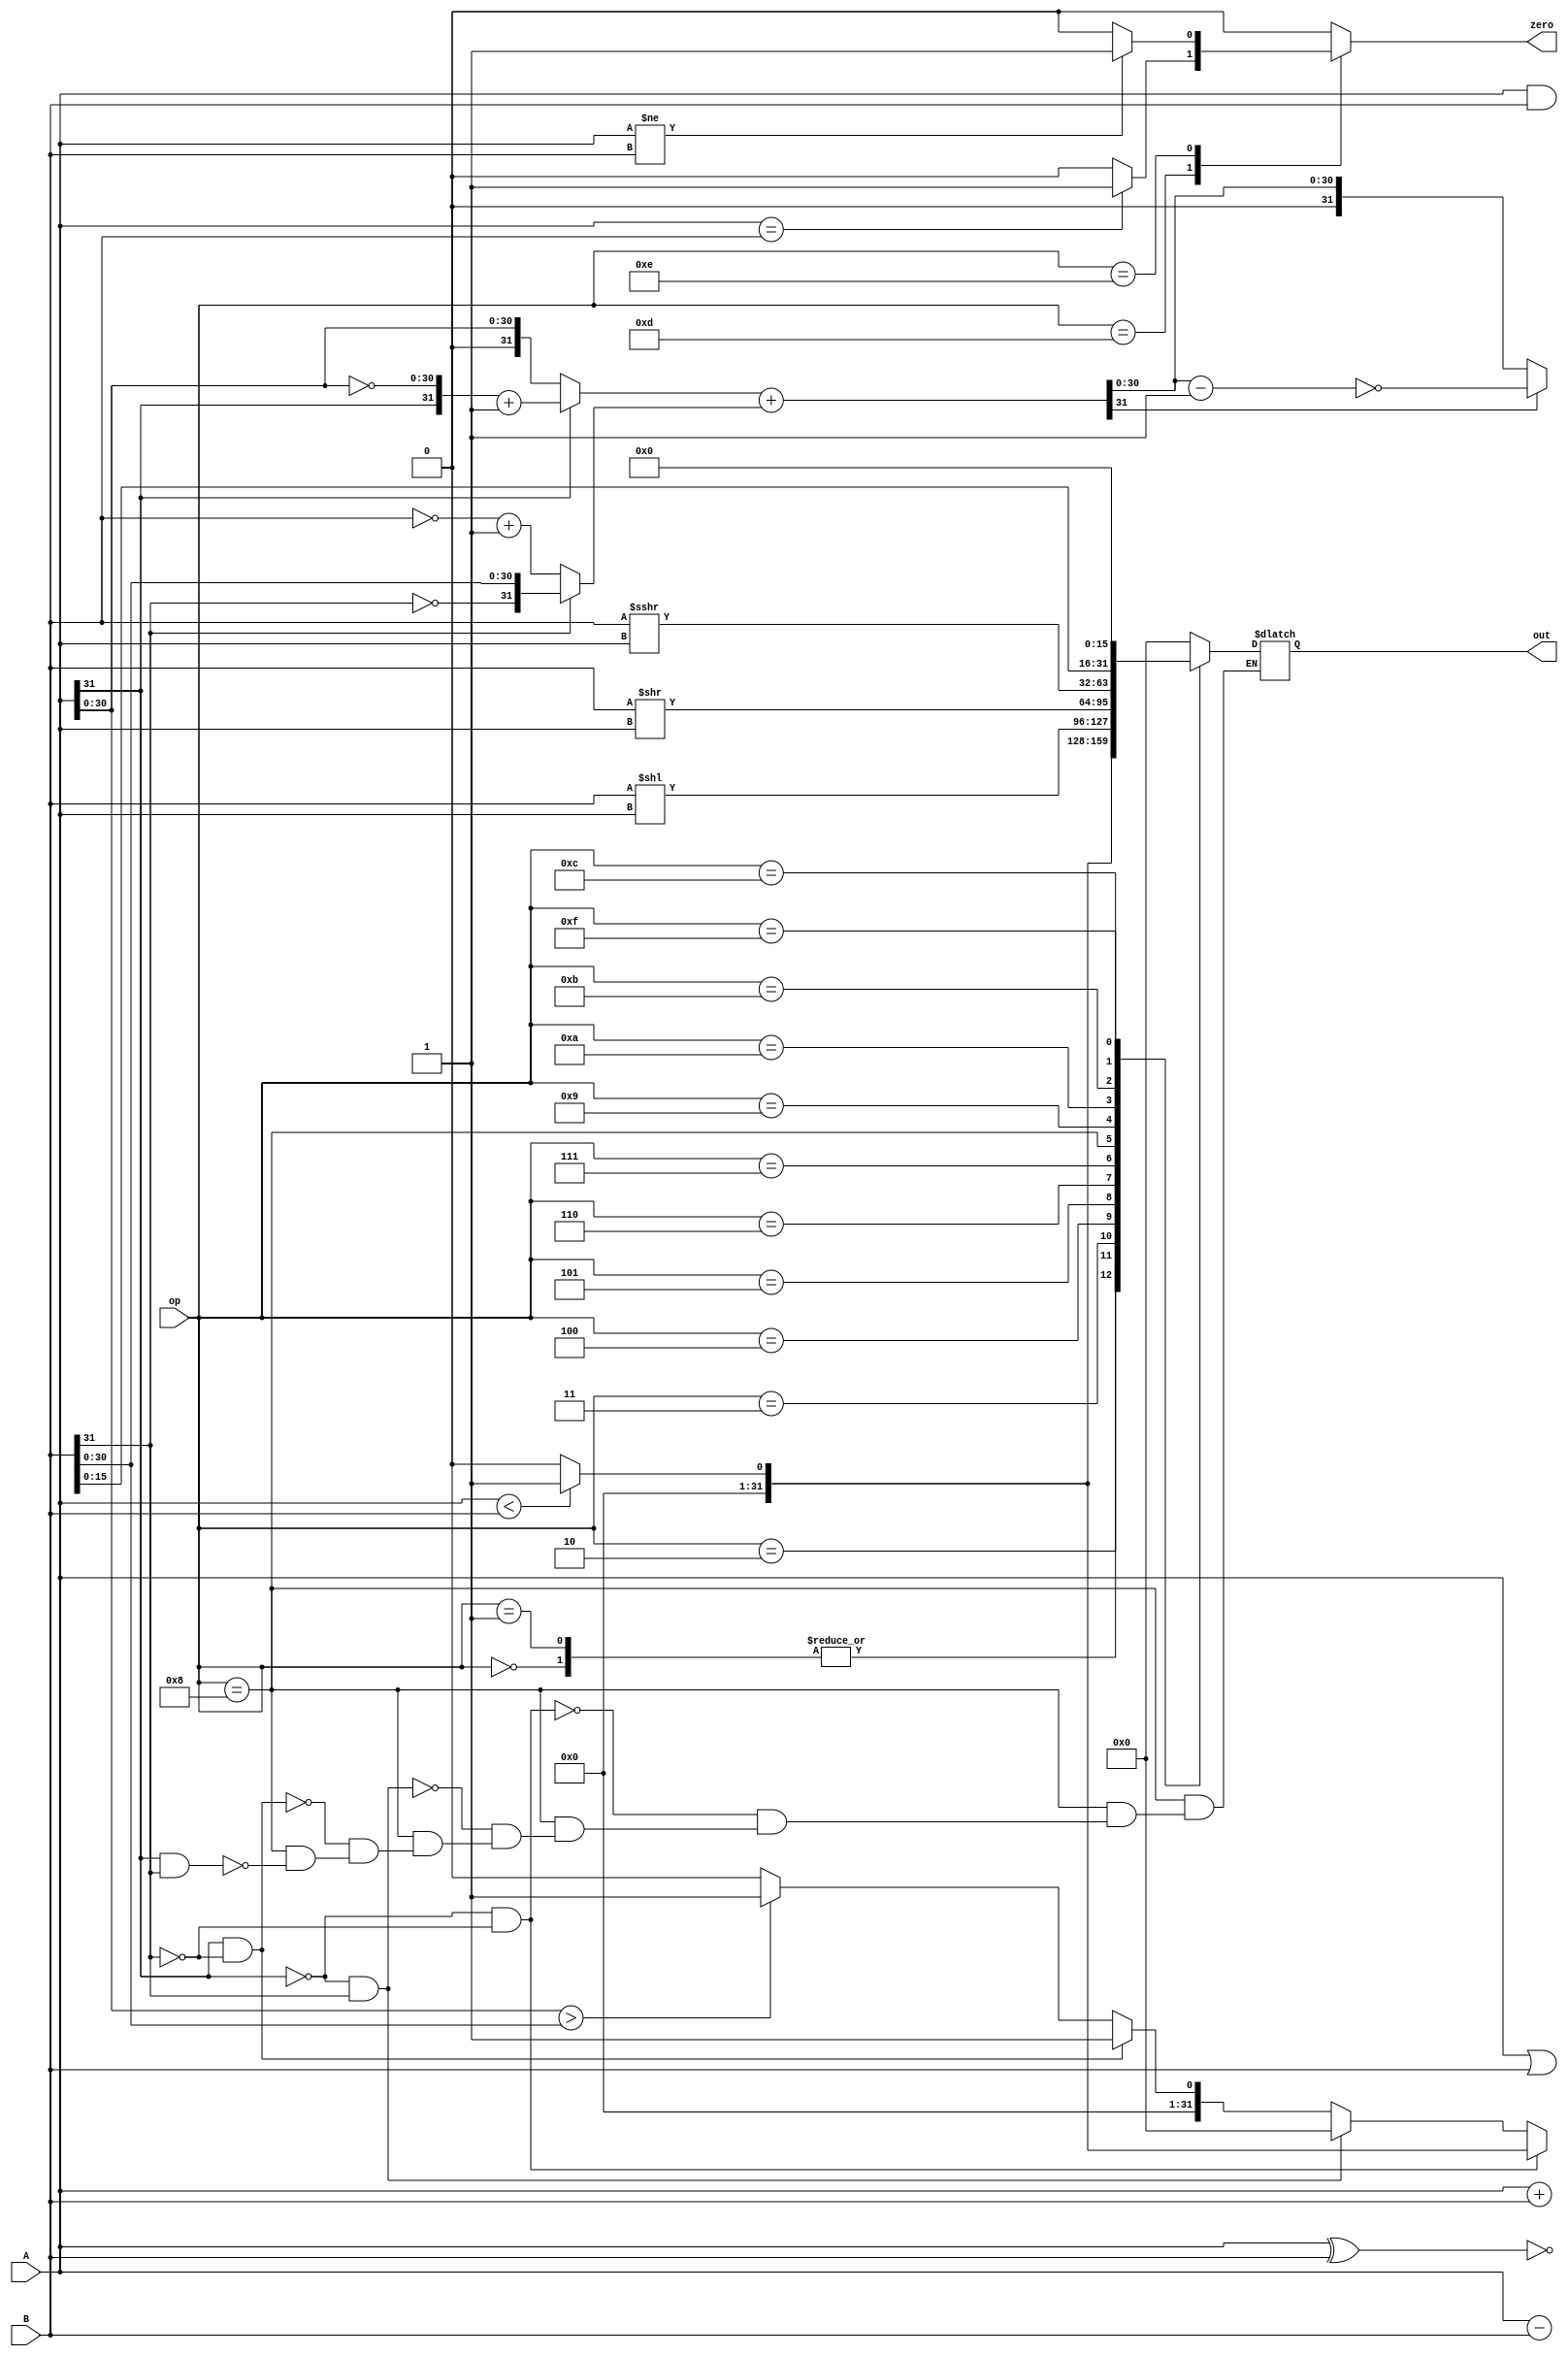
module ALU_BackUp_2022_03_23(
    input [4:0] op,
    input [31:0] A,
    input [31:0] B,
    output reg [31:0] out,
    output reg zero
    );

    initial
    begin
        // 初始化数据
        out <= 32'd0;
        zero <= 1'b0;
    end

    reg [31:0] C;
    reg [31:0] D;
    reg [31:0] ans;
    always@(*)
    begin
        case(op)
            5'b00000: 
                begin
                    out = A + B;
                    zero = 1'b0;
                end
            5'b00001: 
                begin
                    out = A + B;
                    zero = 1'b0;
                end
            5'b00010: 
                begin
                    C = A[31] ? ({A[31],~A[30:0]}+1) : A; 
                    D = B[31] ? ({!B[31], B[30:0]}) : (~B + 1);
                    ans = C + D;
                    out = ans[31] ? ({ans[31],~(ans[30:0]-1)}) : ans;
                    zero = 1'b0;
                end
            5'b00011: 
                begin
                    out = A - B;
                    zero = 1'b0;
                end
            5'b00100: 
                begin
                    out = A & B;
                    zero = 1'b0;
                end
            5'b00101: 
                begin
                    out = A | B;
                    zero = 1'b0;
                end
            5'b00110: 
                begin
                    out = A ^ B;
                    zero = 1'b0;
                end
            5'b00111: 
                begin
                    out = ~(A ^ B);
                    zero = 1'b0;
                end
            5'b01000:
                begin
                    if(A[31] == 1 && B[31] == 1) out = {31'b0, A[30:0] > B[30:0] ? 1:0};
                    if(A[31] == 1 && B[31] == 0) out = {31'b0, 1'b1};
                    if(A[31] == 0 && B[31] == 1) out = {31'b0, 1'b0};
                    if(A[31] == 0 && B[31] == 0) out = {31'b0, A < B ? 1:0};
                    zero = 1'b0;
                end
            5'b01001:
                begin
                    out = {31'b0, A < B ? 1 : 0};
                    zero = 1'b0;
                end
            5'b01010:
                begin
                    out = B << A;
                    zero = 1'b0;
                end
            5'b01011:
                begin
                    out = B >> A;
                    zero = 1'b0;
                end
            5'b01100:
                begin
                    out = ($signed(B)) >>> A;
                    zero = 1'b0;
                end
            5'b01101:
                begin
                    out = 32'b0;
                    zero = (A == B) ? 1'b1 : 1'b0;
                end
            5'b01110:
                begin
                    out = 32'b0;
                    zero = (A != B) ? 1'b1 : 1'b0;
                end
            5'b01111:
                begin
                    out = B << 16;
                    zero = 1'b0;
                end
            default:
                begin
                    out = 32'b0;
                    zero = 1'b0;
                end
        endcase
    end
endmodule